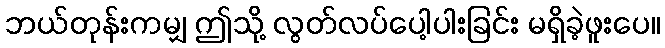
ဘယ်တုန်းကမျှ ဤသို့ လွတ်လပ်ပေါ့ပါးခြင်း မရှိခဲ့ဖူးပေ။